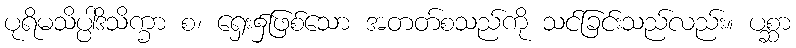
ပုရိမသိပ္ပါဒိသိက္ခာ စ၊ ရှေး၌ဖြစ်သော အတတ်စသည်ကို သင်ခြင်းသည်လည်း။ ပစ္ဆာ